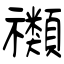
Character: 禷